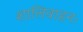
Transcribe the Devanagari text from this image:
शालिवाहनः